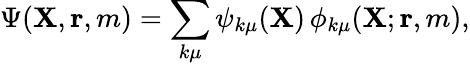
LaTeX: \Psi({\mathbf{X}},{\mathbf{r}},m)=\sum_{k\mu}\psi_{k\mu}({\mathbf{X}})\, \phi_{k\mu}({\mathbf{X}};{\mathbf{r}},m),